Day School Certificate (Lower), 1927
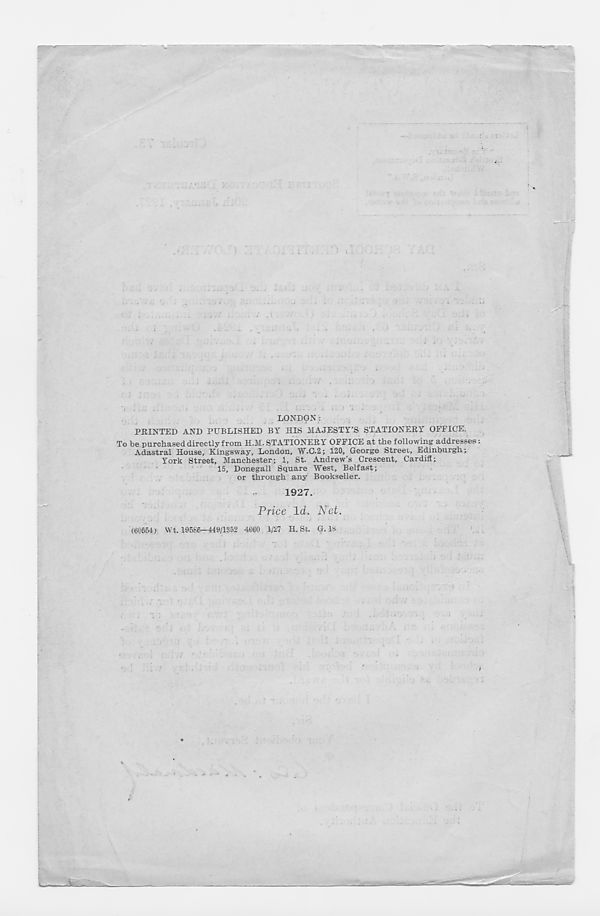
LONDON:
PRINTED AND PUBLISHED BY HIS MAJESTY’S STATIONERY OFFICE.
To be purchased directly from H.M. STATIONERY OFFICE at the following addresses:
Adastral House, Kingsway, London, W.C.2; 120, George Street, Edinburgh;
York Street, Manchester; 1, St. Andrew’s Crescent, Cardiff;
15, Donegall Square West, Belfast;
or through any Bookseller.
1927.
Price Id. Net.
(60554) Wt. 19586-449/1352 4060 1/27 H. St. G. IS
J
*
JL.